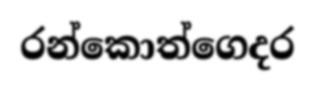
රන්කොත්ගෙදර